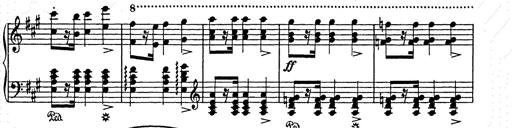
Title: Weihnachtsbaum
Composer: Franz Liszt